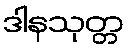
ဒါနသုတ္တ